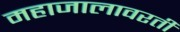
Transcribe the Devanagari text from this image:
महाजालावरती